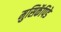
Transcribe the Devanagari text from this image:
मुसिकॅपिडे